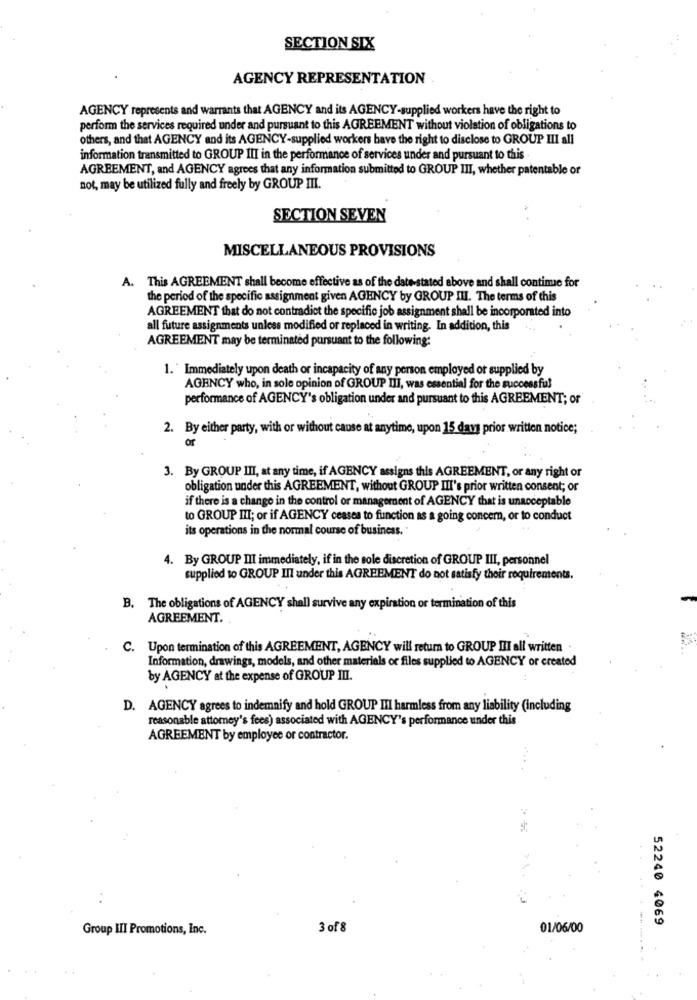
SECTION SIX
AGENCY REPRESENTATION
AGENCY represents and warrants that AGENCY and its AGENCY-supplied workers have the right to
perform the services required under and pursuant to this AGREEMENT without violation of obligations to
others, and that AGENCY and its AGENCY-supplied workers have the right to disclose to GROUP III all
information transmitted to GROUP III in the performance of services under and pursuant to this .
AGREEMENT, and AGENCY agrees that any information submitted to GROUP III, whether patentable or
not, may be utilized fully and freely by GROUP III.
SECTION SEVEN
MISCELLANEOUS PROVISIONS
A. This AGREEMENT shall become effective as of the date-stated above and shall continue for
the period of the specific assignment given AGENCY by GROUP III. The terms of this
AGREEMENT that do not contradict the specific job assignment shall be incorporated into
all future assignments unless modified or replaced in writing. In addition, this
AGREEMENT may be terminated pursuant to the following:
1. " Immediately upon death or incapacity of any person employed or supplied by
AGENCY who, in sole opinion of GROUP III, was essential for the successful
performance of AGENCY's obligation under and pursuant to this AGREEMENT; or
2. By either party, with or without cause at anytime, upon 15 days prior written notice;
or
3. By GROUP III, at any time, if AGENCY assigns this AGREEMENT, or any right or
obligation under this AGREEMENT, without GROUP III's prior written consent; or
if there is a change in the control or management of AGENCY that is unacceptable
to GROUP III; or if AGENCY ceases to function as a going concern, or to conduct
its operations in the normal course of business.
4. By GROUP III immediately, if in the sole discretion of GROUP III, personnel
supplied to GROUP III under this AGREEMENT do not satisfy their requirements.
B. The obligations of AGENCY shall survive any expiration or termination of this
AGREEMENT.
C. Upon termination of this AGREEMENT, AGENCY will return to GROUP III all written .
Information, drawings, models, and other materials or files supplied to AGENCY or created
by AGENCY at the expense of GROUP III.
D. AGENCY agrees to indemnify and hold GROUP II harmless from any liability (including
reasonable attorney's fees) associated with AGENCY's performance under this
AGREEMENT by employee or contractor.
52240 4069
Group III Promotions, Inc.
3 of 8
01/06/00